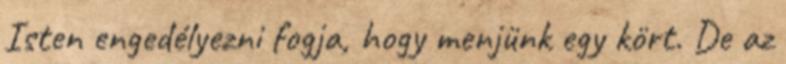
Isten engedélyezni fogja, hogy menjünk egy kört. De az